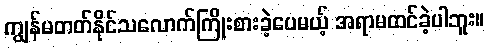
ကျွန်မတတ်နိုင်သလောက်ကြိုးစားခဲ့ပေမယ့် အရာမထင်ခဲ့ပါဘူး။